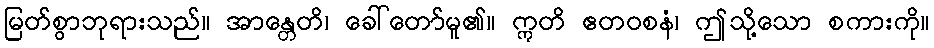
မြတ်စွာဘုရားသည်။ အာန္တေတိ၊ ခေါ်တော်မူ၏။ ဣတိ ဧတဝစနံ၊ ဤသို့သော စကားကို။